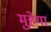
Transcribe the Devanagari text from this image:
मुहेया